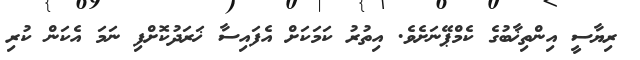
ރިޔާސީ އިންތިޚާބުގެ ކެމްޕޭނަށެވެ. އިތުރު ކަމަކަށް އެފައިސާ ޚަރަދުކޮށްފި ނަމަ އެކަން ކުރި